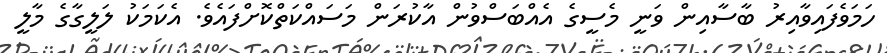
ހަމަވެފައިވާއިރު ބާސާއިން ވަނީ މެސީގެ އެއްބަސްވުން އާކުރަން މަސައްކަތްކޮށްފައެވެ. އެކަމަކު ލަލީގާގެ މާލީ